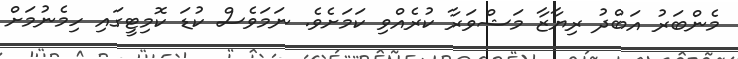
މެންބަރު އަބްދު ރިޔާޒާ މަޝްވަރާ ކުރެއްވި ކަމަށެވެ. ނަމަވެސް ކުޑަ ކޮމިޓީގައި ހިމެނުމަށް